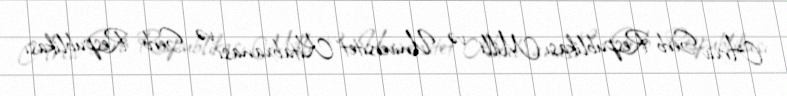
Arxiv Serb Respublikası Milli və Universitet Kitabxanası və Serb Respublikası